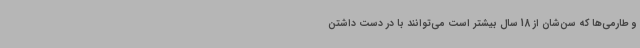
و طارمی‌ها که سن‌شان از 18 سال بیشتر است می‌توانند با در دست داشتن